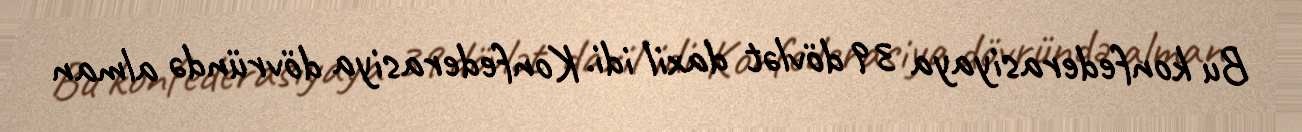
Bu konfederasiyaya 39 dövlət daxil idi. Konfederasiya dövründə alman